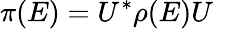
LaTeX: \pi(E)=U^{*}\rho(E)U\quad